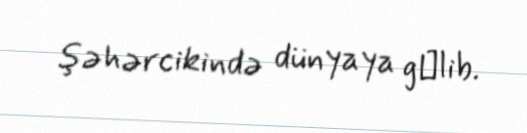
şəhərcikində dünyaya gәlib.